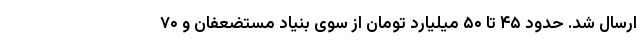
ارسال شد. حدود ۴۵ تا ۵۰ میلیارد تومان از سوی بنیاد مستضعفان و ۷۰